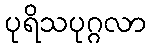
ပုရိသပုဂ္ဂလာ